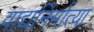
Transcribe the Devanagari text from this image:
वाद्यनिर्मात्या